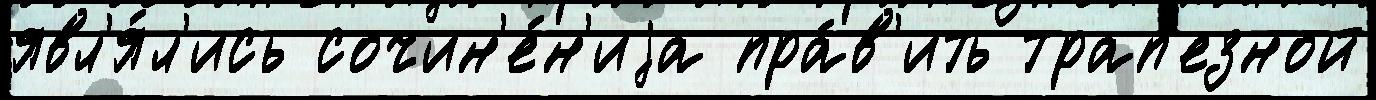
явл'я́л'ись сочин'е́н'иjа пра́в'ить трап'езной